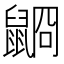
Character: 𪕥